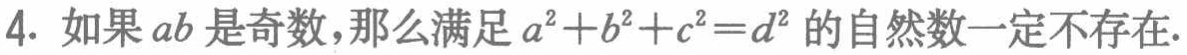
4. 如果\(ab\)是奇数，那么满足\(a^{2}+b^{2}+c^{2}=d^{2}\)的自然数一定不存在.